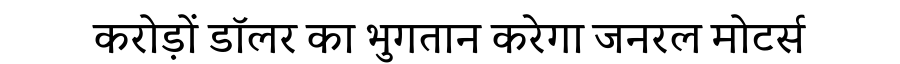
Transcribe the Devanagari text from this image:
करोड़ों डॉलर का भुगतान करेगा जनरल मोटर्स